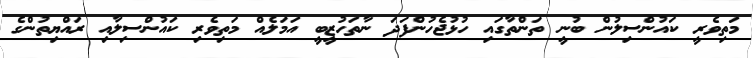
މަތިވެރީ ކައުންސިލުން ބުނީ ތަންތާގައި ހުޅުޖެހުންފަދަ ނާތަހުޒީބީ އަމަލެއް މަތިވެރި ކައުންސިލާއި ރައްޔިތުންގެ